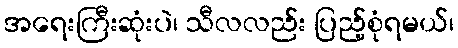
အရေးကြီးဆုံးပဲ၊ သီလလည်း ပြည့်စုံရမယ်၊